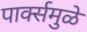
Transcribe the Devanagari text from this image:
पार्क्समुळे